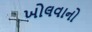
ખોલવાનો